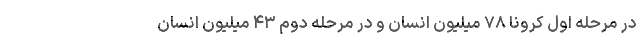
در مرحله اول کرونا ۷۸ میلیون انسان و در مرحله دوم ۴۳ میلیون انسان